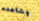
وشاهدت